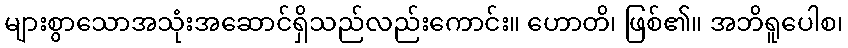
များစွာသောအသုံးအဆောင်ရှိသည်လည်းကောင်း။ ဟောတိ၊ ဖြစ်၏။ အဘိရူပေါစ၊